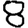
Digit: 8